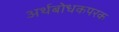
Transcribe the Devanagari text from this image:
अर्थबोधकपरक